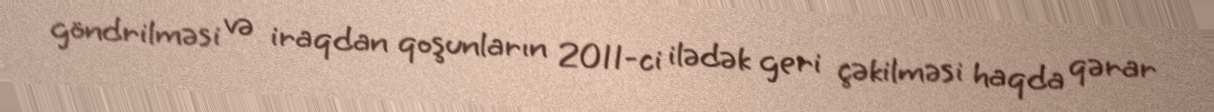
göndrilməsi və iraqdan qoşunların 2011-ci ilədək geri çəkilməsi haqda qərar